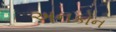
અનકોન